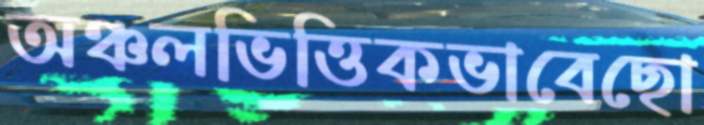
অঞ্চলভিত্তিকভাবেছো